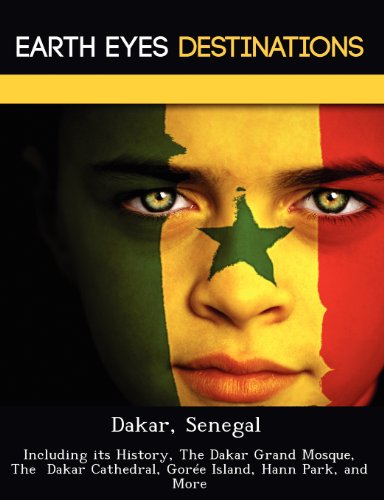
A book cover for Dakar, Senegal: Including its History, The Dakar Grand Mosque, The  Dakar Cathedral, GorÃ©e Island, Hann Park, and More; Sam Night; Travel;